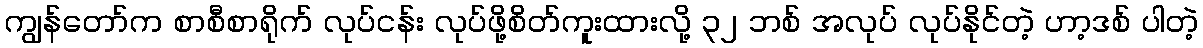
ကျွန်တော်က စာစီစာရိုက် လုပ်ငန်း လုပ်ဖို့စိတ်ကူးထားလို့ ၃၂ ဘစ် အလုပ် လုပ်နိုင်တဲ့ ဟာ့ဒစ် ပါတဲ့